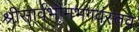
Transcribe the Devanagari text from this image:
श्रीसार्वभौमभगवंस्तव